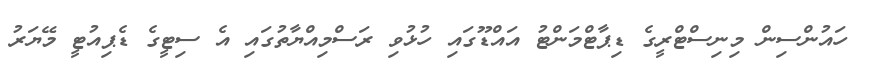
ހައުންސިން މިނިސްޓްރީގެ ޑިޕާޓްމަންޓު އައްޑޫގައި ހުޅުވި ރަސްމިއްޔާތުގައި އެ ސިޓީގެ ޑެޕިއުޓީ މޭޔަރު